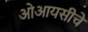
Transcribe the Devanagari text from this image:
ओआयसीचे